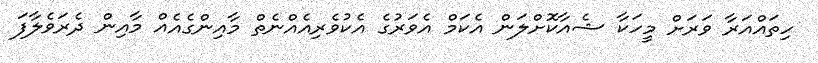
ހިތައްއަރާ ވަރަށް މީހަކާ ޝެއާކޮށްލަން އެކަމް އެވަރުގެ އެކުވެރިއެއްނެތް މާއިންގެއެއް މާއިން ދެރަވެލާފަ